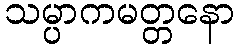
သမ္ပာကမတ္တနော